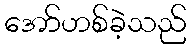
အော်ဟစ်ခဲ့သည်